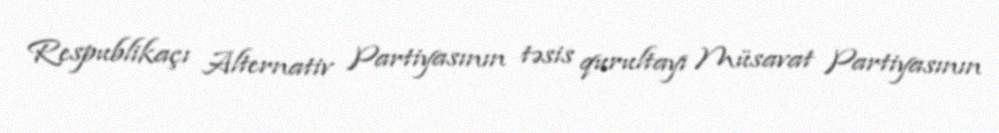
Respublikaçı Alternativ Partiyasının təsis qurultayı Müsavat Partiyasının